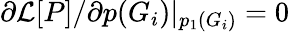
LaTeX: \partial\mathcal{L}[P]/\partial p(G_{i})|_{p_{1}(G_{i})}=0